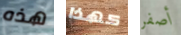
هذه كهذا أصفر